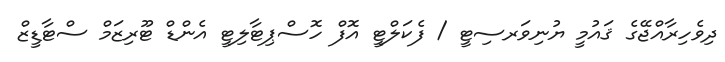
ދިވެހިރާއްޖޭގެ ޤައުމީ ޔުނިވަރސިޓީ / ފެކަލްޓީ އޮފް ހޮސްޕިޓާލިޓީ އެންޑް ޓޫރިޒަމް ސްޓާޑީޒް